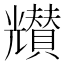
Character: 𠓒